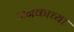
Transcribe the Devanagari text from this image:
जनकाच्या